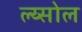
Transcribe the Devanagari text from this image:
ल्य्सोल